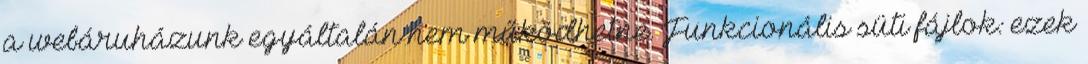
a webáruházunk egyáltalán nem működhetne. Funkcionális süti fájlok: ezek